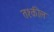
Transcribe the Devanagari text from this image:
तश्कील